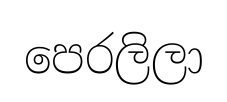
පෙරලිලා